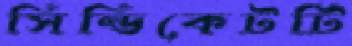
সিন্ডিকেটটি